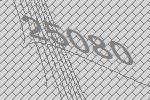
25080